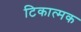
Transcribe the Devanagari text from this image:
टिकात्मक